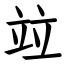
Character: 竝